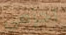
احزمي